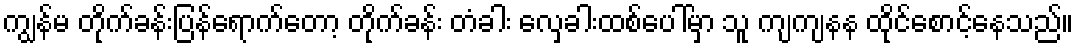
ကျွန်မ တိုက်ခန်းပြန်ရောက်တော့ တိုက်ခန်း တံခါး လှေခါးထစ်ပေါ်မှာ သူ ကျကျနန ထိုင်စောင့်နေသည်။